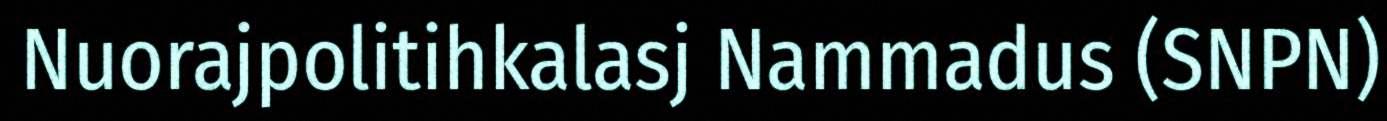
Nuorajpolitihkalasj Nammadus (SNPN)